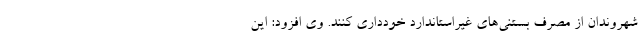
شهروندان از مصرف بستنی‌های غیراستاندارد خودداری کنند. وی افزود: این